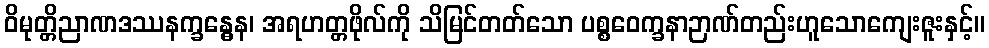
ဝိမုတ္တိညာဏဒဿနက္ခန္ဓေန၊ အရဟတ္တဖိုလ်ကို သိမြင်တတ်သော ပစ္စဝေက္ခနာဉာဏ်တည်းဟူသောကျေးဇူးနှင့်။